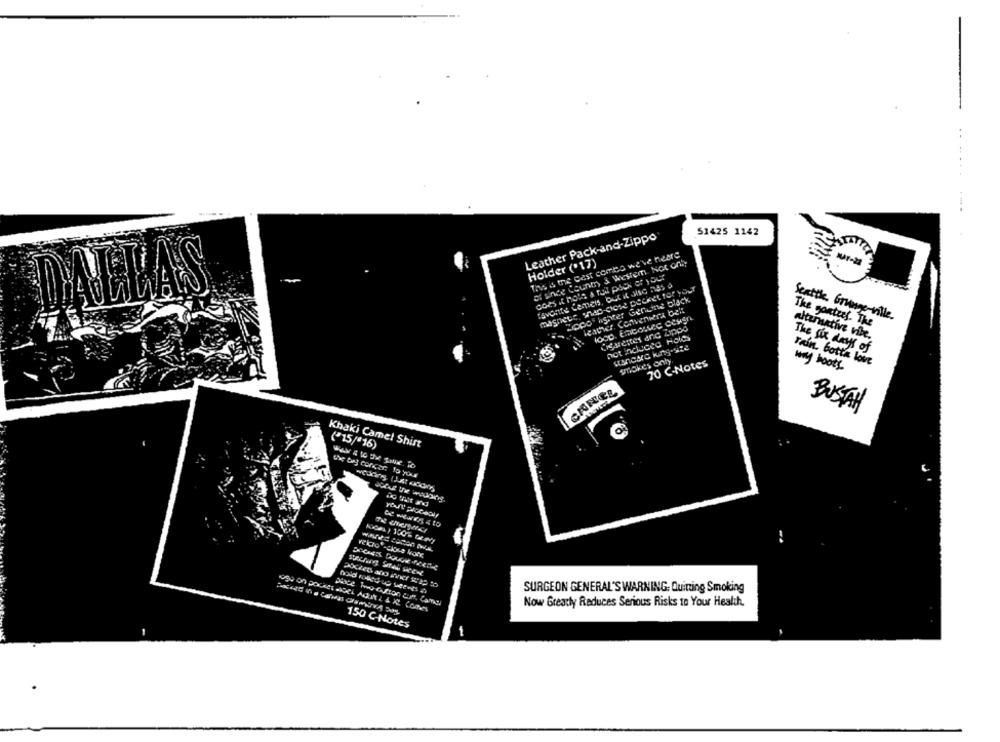
. .
Leather Pack-and-Zippo
51425 1142
This is the cest combo we've neare
Holder ('17)
of since County, & Westem. Not only
coes it holes & full pack of your
Favorite Cameis, But it Je nas o
DALLAS
magnete, snap-chose Decket for your
Kopof highter Genuine black
Heater. Convenira bek
Seattle, Grunge-ville.
Cigarettes anic Lipps
The gentees. The
hot induced Holds
attentive vibe.
The six days of
smokes only.
70 C-Notes
rain. Gotta love
way boots
CRNEL
BUSTAH
Khaki Camel Shist
("15/*16)
the bay concer to your
BC wears & 10
SURGEON GENERAL'S WARNING: Quitting Smoking
ago on pocker sieel Adat , & Xl Comes
Now Greatly Reduces Serious Risks 10 Your Health.
150 C Notes